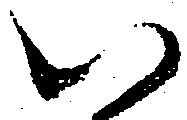
い